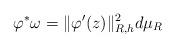
LaTeX: \begin{align*}\varphi^*\omega = \|\varphi'(z)\|_{R,h}^2 d\mu_R\end{align*}